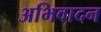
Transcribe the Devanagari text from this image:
अभिवादन